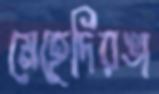
মেহেদিরঙা